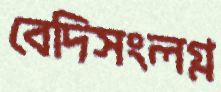
বেদিসংলগ্ন